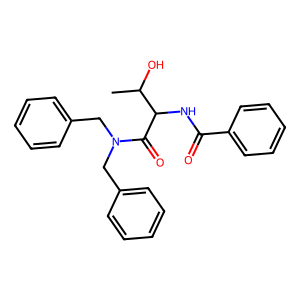
SMILES: CC(O)C(NC(=O)c1ccccc1)C(=O)N(Cc1ccccc1)Cc1ccccc1
Inhibits HIV replication: No